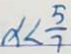
x < \frac { 5 } { 7 }